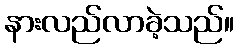
နားလည်လာခဲ့သည်။